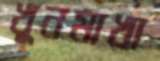
খুনমাখা